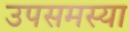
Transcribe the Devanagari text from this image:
उपसमस्या